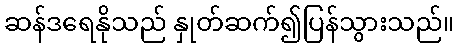
ဆန်ဒရေနိုသည် နှုတ်ဆက်၍ပြန်သွားသည်။